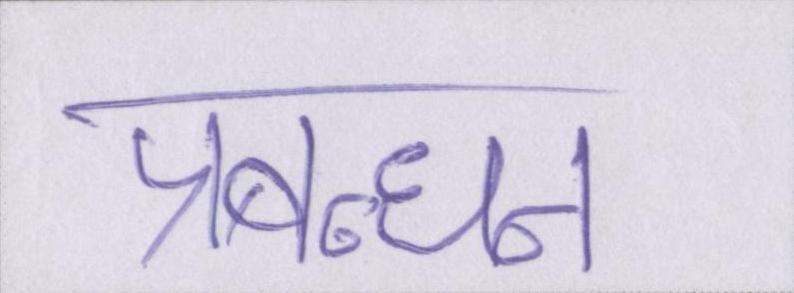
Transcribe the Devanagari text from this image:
प्रबन्धन